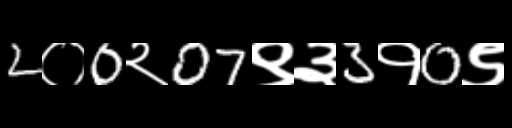
Text: 2०0२07९३3१0९